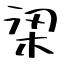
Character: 鿄